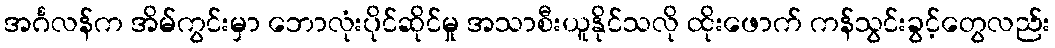
အင်္ဂလန်က အိမ်ကွင်းမှာ ဘောလုံးပိုင်ဆိုင်မှု အသာစီးယူနိုင်သလို ထိုးဖောက် ကန်သွင်းခွင့်တွေလည်း